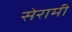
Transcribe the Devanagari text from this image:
सेरामी